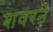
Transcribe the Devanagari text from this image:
शवरने